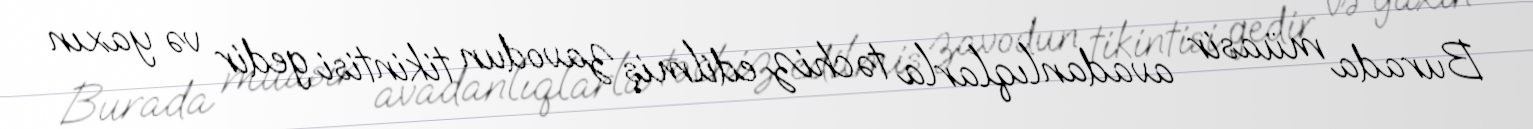
Burada müasir avadanlıqlarla təchiz edilmiş zavodun tikintisi gedir və yaxın